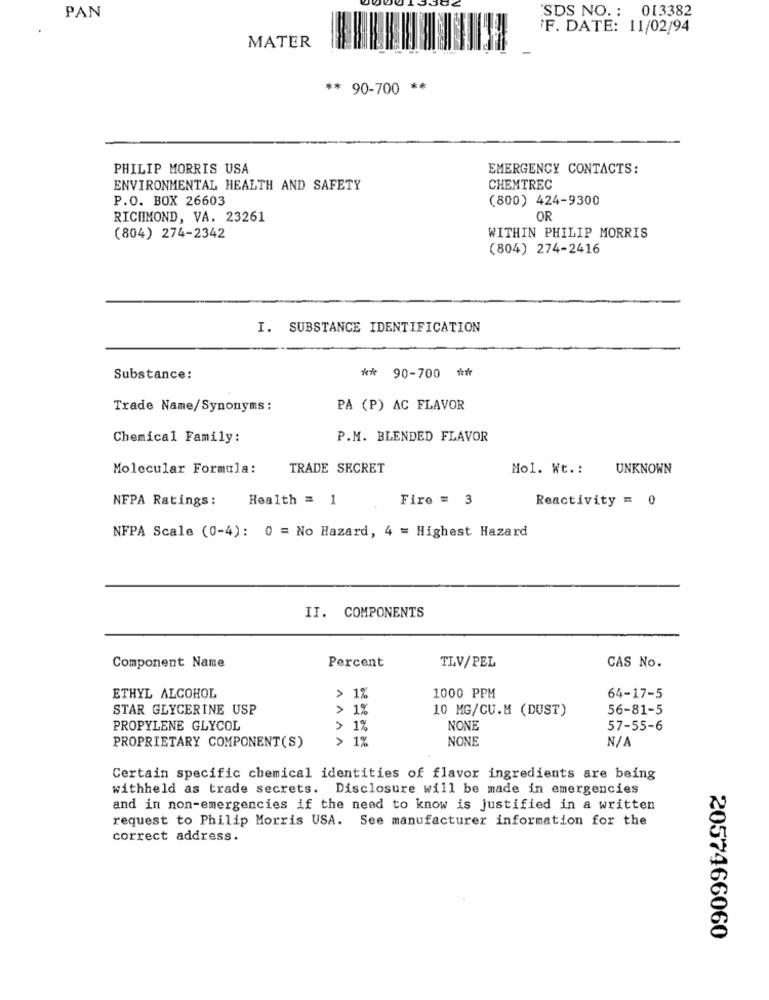
SDS NO. : 013382
PAN
F. DATE: 11/02/94
MATER
** 90-700 **
PHILIP MORRIS USA
EMERGENCY CONTACTS:
ENVIRONMENTAL HEALTH AND SAFETY
CHEMTREC
P.O. BOX 26603
(800) 424-9300
RICHMOND, VA. 23261
OR
(804) 274-2342
WITHIN PHILIP MORRIS
(804) 274-2416
I. SUBSTANCE IDENTIFICATION
Substance:
** 90-700 **
Trade Name/Synonyms :
PÅ (P) AC FLAVOR
Chemical Family:
P.M. BLENDED FLAVOR
Molecular Formula:
TRADE SECRET
No1. Wt .:
UNKNOWN
NFPA Ratings :
Health = 1
Fire = 3
Reactivity = 0
NFPA Scale (0-4): 0 = No Hazard, 4 = Highest Hazard
II. COMPONENTS
Percent
CAS No.
Component Name
TLV/PEL
> 1%
ETHYL ALCOHOL
1000 PPM
64-17-5
STAR GLYCERINE USP
> 1%
10 MG/CU.M (DUST)
56-81-5
PROPYLENE GLYCOL
> 1%
NONE
57-55-6
PROPRIETARY COMPONENT(S)
> 1%
NONE
Certain specific chemical identities of flavor ingredients are being
withheld as trade secrets. Disclosure will be made in emergencies
and in non-emergencies if the need to know is justified in a written
request to Philip Morris USA. See manufacturer information for the
correct address.
2057466060